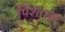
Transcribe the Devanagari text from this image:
पिश्ताक़